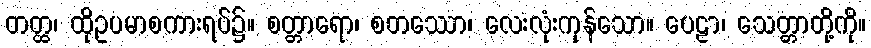
တတ္ထ၊ ထိုဥပမာစကားရပ်၌။ စတ္တာရော၊ စတဿော၊ လေးလုံးကုန်သော။ ပေဠာ၊ သေတ္တာတို့ကို။